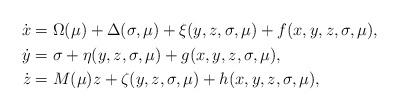
LaTeX: \begin{align*}\begin{aligned}\dot{x} &= \Omega(\mu)+\Delta(\sigma,\mu)+\xi(y,z,\sigma,\mu)+f(x,y,z,\sigma,\mu), \\\dot{y} &= \sigma+\eta(y,z,\sigma,\mu)+g(x,y,z,\sigma,\mu), \\\dot{z} &= M(\mu)z+\zeta(y,z,\sigma,\mu)+h(x,y,z,\sigma,\mu),\end{aligned}\end{align*}